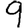
Digit: 9